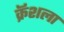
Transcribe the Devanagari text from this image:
क्रॅशला